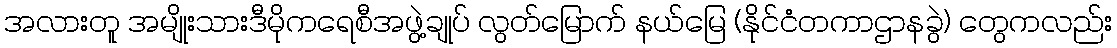
အလားတူ အမျိုးသားဒီမိုကရေစီအဖွဲ့ချုပ် လွတ်မြောက် နယ်မြေ (နိုင်ငံတကာဌာနခွဲ) တွေကလည်း